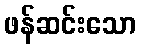
ဖန်ဆင်းသော